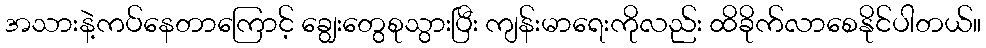
အသားနဲ့ကပ်နေတာကြောင့် ချွေးတွေစုသွားပြီး ကျန်းမာရေးကိုလည်း ထိခိုက်လာစေနိုင်ပါတယ်။